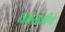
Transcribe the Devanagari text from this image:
वनराजीचे